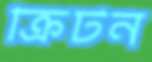
ক্রিটন